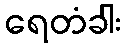
ရေတံခါး